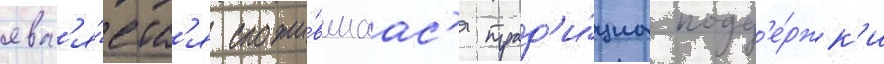
явл'я́етс'я сложи́вшаас'я трад'и́циа подд'е́ржк'и